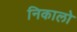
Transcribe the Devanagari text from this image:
निकालो